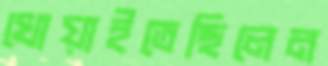
খোয়াইতেছিলেন